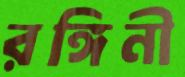
রঙ্গিনী